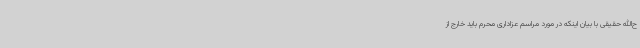
ح‌الله حقیقی با بیان اینکه در مورد مراسم عزاداری محرم باید خارج از